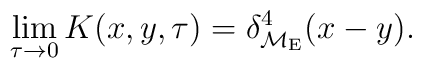
\lim_{\tau\to 0} K(x,y,\tau) = \delta^4_{{\cal M}_{\rm E}}(x-y).